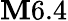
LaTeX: \mathbf{M}6.4